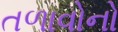
તળાવોનો